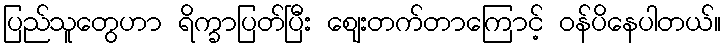
ပြည်သူတွေဟာ ရိက္ခာပြတ်ပြီး ဈေးတက်တာကြောင့် ဝန်ပိနေပါတယ်။